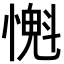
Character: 𢡨